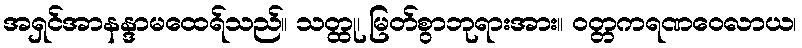
အရှင်အာနန္ဒာမထေရ်သည်။ သတ္ထု၊ မြတ်စွာဘုရားအား။ ဝတ္တကရဏဝေလာယ၊